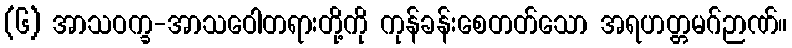
(၆) အာသဝက္ခ-အာသဝေါတရားတို့ကို ကုန်ခန်းစေတတ်သော အရဟတ္တမဂ်ဉာဏ်။